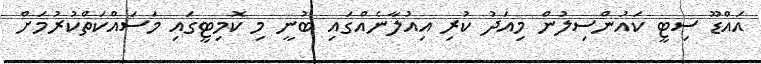
އައްޑޫ ސިޓީ ކައުންސިލުން މިއަދު ކުރި އިއުލާނެއްގައި ބުނީ މި ކޮމިޓީގައި މަސައްކަތްކުރުމަށް